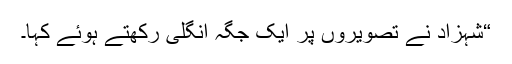
“شہزاد نے تصویروں پر ایک جگہ اْنگلی رکھتے ہوئے کہا۔